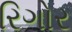
રિગોર